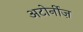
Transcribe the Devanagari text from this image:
अटोर्नीज़